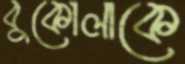
বুকোলাকে